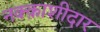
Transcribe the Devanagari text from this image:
नक्क़ाशीदार